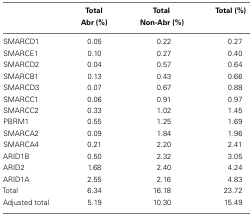
<table><thead><tr><td>[EMPTY_CELL]</td><td><b>Total</b></td><td><b>Total</b></td><td><b>Total (%)</b></td></tr><tr><td>[EMPTY_CELL]</td><td><b>Abr (%)</b></td><td><b>Non-Abr (%)</b></td><td>[EMPTY_CELL]</td></tr></thead><tbody><tr><td>SMARCD1</td><td>0.05</td><td>0.22</td><td>0.27</td></tr><tr><td>SMARCE1</td><td>0.10</td><td>0.27</td><td>0.40</td></tr><tr><td>SMARCD2</td><td>0.04</td><td>0.57</td><td>0.64</td></tr><tr><td>SMARCB1</td><td>0.13</td><td>0.43</td><td>0.66</td></tr><tr><td>SMARCD3</td><td>0.07</td><td>0.67</td><td>0.88</td></tr><tr><td>SMARCC1</td><td>0.06</td><td>0.91</td><td>0.97</td></tr><tr><td>SMARCC2</td><td>0.33</td><td>1.02</td><td>1.45</td></tr><tr><td>PBRM1</td><td>0.55</td><td>1.25</td><td>1.69</td></tr><tr><td>SMARCA2</td><td>0.09</td><td>1.84</td><td>1.96</td></tr><tr><td>SMARCA4</td><td>0.21</td><td>2.20</td><td>2.41</td></tr><tr><td>ARID1B</td><td>0.50</td><td>2.32</td><td>3.05</td></tr><tr><td>ARID2</td><td>1.68</td><td>2.40</td><td>4.24</td></tr><tr><td>ARID1A</td><td>2.55</td><td>2.16</td><td>4.83</td></tr><tr><td>Total</td><td>6.34</td><td>16.18</td><td>23.72</td></tr><tr><td>Adjusted total</td><td>5.19</td><td>10.30</td><td>15.49</td></tr></tbody></table>